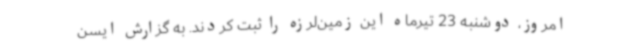
امروز، دوشنبه 23 تیرماه این زمین‌لرزه را ثبت کردند. به گزارش ایسن